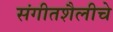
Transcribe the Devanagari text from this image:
संगीतशैलीचे